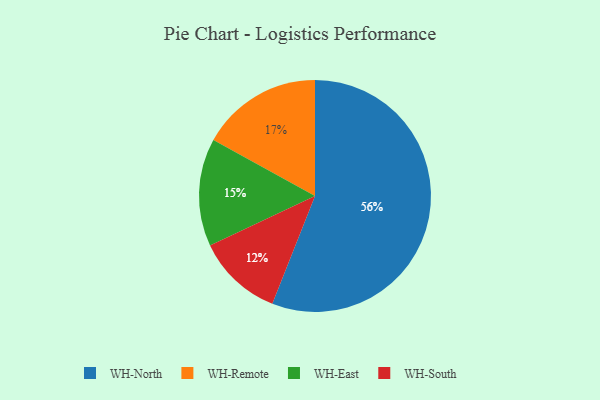
{"axis": {"x": "Category", "y": "Percentage"}, "legend": ["WH-East", "WH-North", "WH-Remote", "WH-South"], "data": [{"x": "WH-North", "y": 56, "type": "WH-North"}, {"x": "WH-East", "y": 15, "type": "WH-East"}, {"x": "WH-South", "y": 12, "type": "WH-South"}, {"x": "WH-Remote", "y": 17, "type": "WH-Remote"}]}